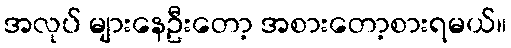
အလုပ် များနေဦးတော့ အစားတော့စားရမယ်။